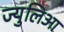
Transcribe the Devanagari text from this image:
ज्युलिआ